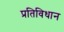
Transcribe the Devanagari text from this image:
प्रतिविधान